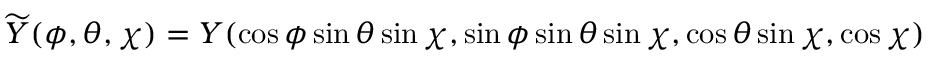
\widetilde { Y } ( \phi , \theta , \chi ) = Y ( \cos \phi \sin \theta \sin \chi , \sin \phi \sin \theta \sin \chi , \cos \theta \sin \chi , \cos \chi )